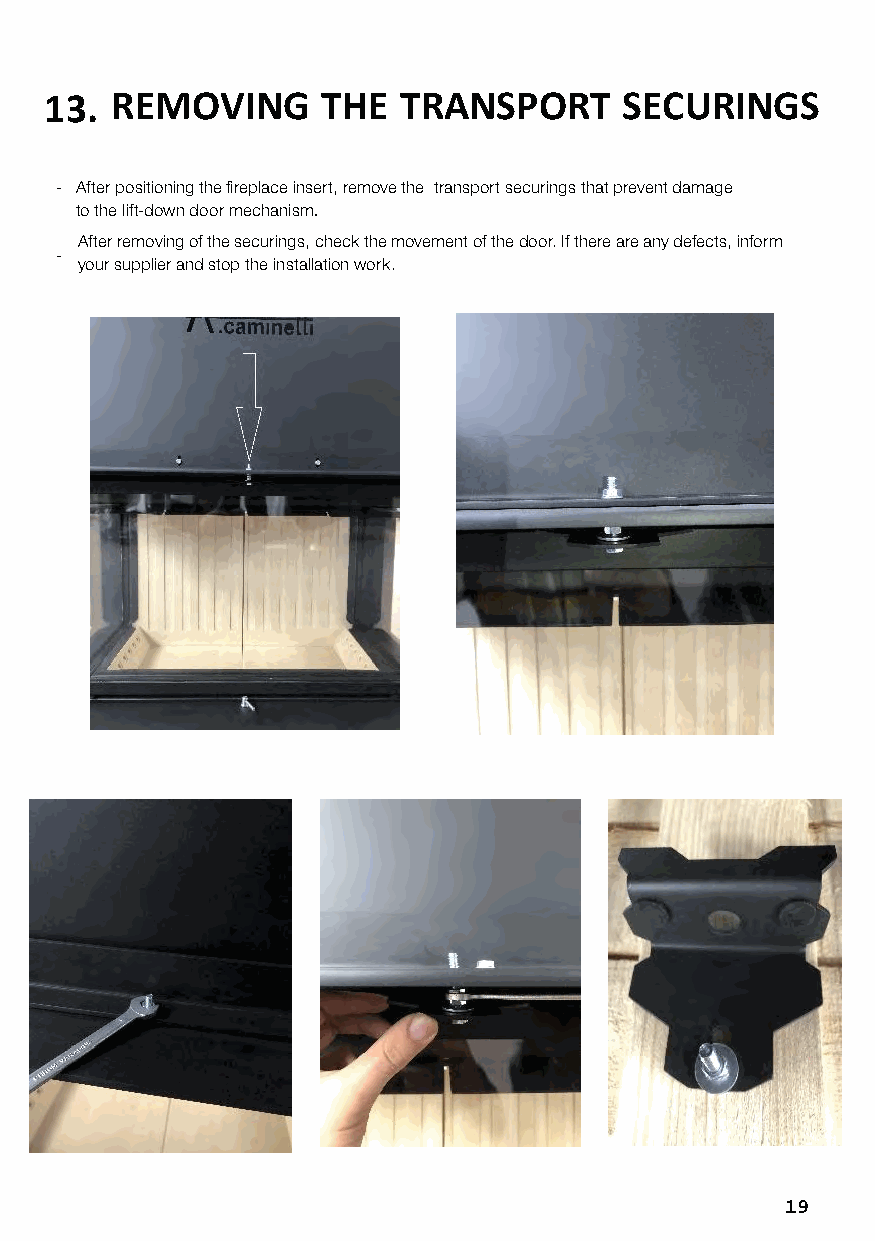
13. REMOVING      THE  TRANSPORT      SECURINGS
 - After positioning the fireplace insert, remove the transport securings that prevent damage
 to the lift-down door mechanism.
 After removing of the securings, check the movement of the door. If there are any defects, inform
 -
 your supplier and stop the installation work.
 19